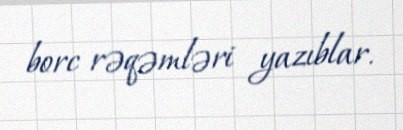
borc rəqəmləri yazıblar.